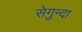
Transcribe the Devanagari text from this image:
सेगुन्दा